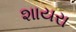
શાયરા